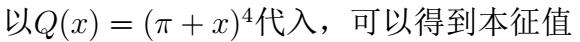
以$Q(x)=(\pi + x)^4$代入，可以得到本征值